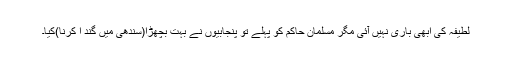
لطیفہ کی ابھی باری نہیں آئی مگر مسلمان حاکم کو پہلے تو پنجابیوں نے بہت بچھڑا(سندھی میں گند ا کرنا)کیا۔